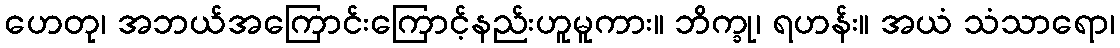
ဟေတု၊ အဘယ်အကြောင်းကြောင့်နည်းဟူမူကား။ ဘိက္ခု၊ ရဟန်း။ အယံ သံသာရော၊